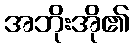
အဘိုးအို၏